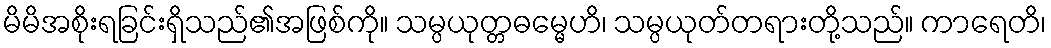
မိမိအစိုးရခြင်းရှိသည်၏အဖြစ်ကို။ သမ္ပယုတ္တဓမ္မေဟိ၊ သမ္ပယုတ်တရားတို့သည်။ ကာရေတိ၊